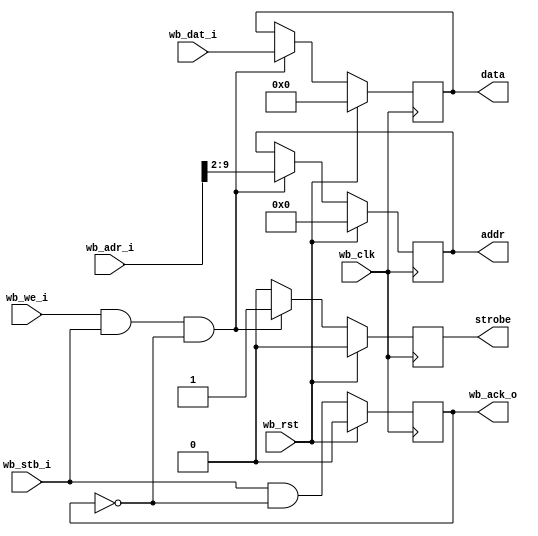

// Grab settings off the wishbone bus, send them out to our simpler bus on the fast clock

module settings_bus
  #(parameter AWIDTH=16, parameter DWIDTH=32)
    (input wb_clk, 
     input wb_rst, 
     input [AWIDTH-1:0] wb_adr_i,
     input [DWIDTH-1:0] wb_dat_i,
     input wb_stb_i,
     input wb_we_i,
     output reg wb_ack_o,
     output reg strobe,
     output reg [7:0] addr,
     output reg [31:0] data);

   reg 	    stb_int, stb_int_d1;
   
   always @(posedge wb_clk)
     if(wb_rst)
       begin
	  strobe <= 1'b0;
	  addr <= 8'd0;
	  data <= 32'd0;
       end
     else if(wb_we_i & wb_stb_i & ~wb_ack_o)
       begin
	  strobe <= 1'b1;
	  addr <= wb_adr_i[9:2];
	  data <= wb_dat_i;
       end
     else
       strobe <= 1'b0;

   always @(posedge wb_clk)
     if(wb_rst)
       wb_ack_o <= 0;
     else
       wb_ack_o <= wb_stb_i & ~wb_ack_o;

endmodule // settings_bus